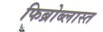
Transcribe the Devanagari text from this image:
फिब्रोब्लास्त